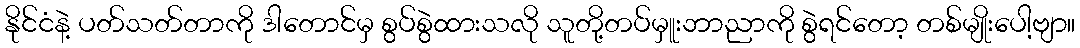
နိုင်ငံနဲ့ ပတ်သတ်တာကို ဒါတောင်မှ စွပ်စွဲထားသလို သူတို့တပ်မှူးဘာညာကို စွဲရင်တော့ တစ်မျိုးပေါ့ဗျာ။